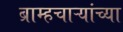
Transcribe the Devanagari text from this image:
ब्राम्हचाऱ्यांच्या